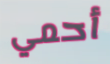
أحمي